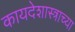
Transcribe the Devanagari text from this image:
कायदेशास्त्राच्या